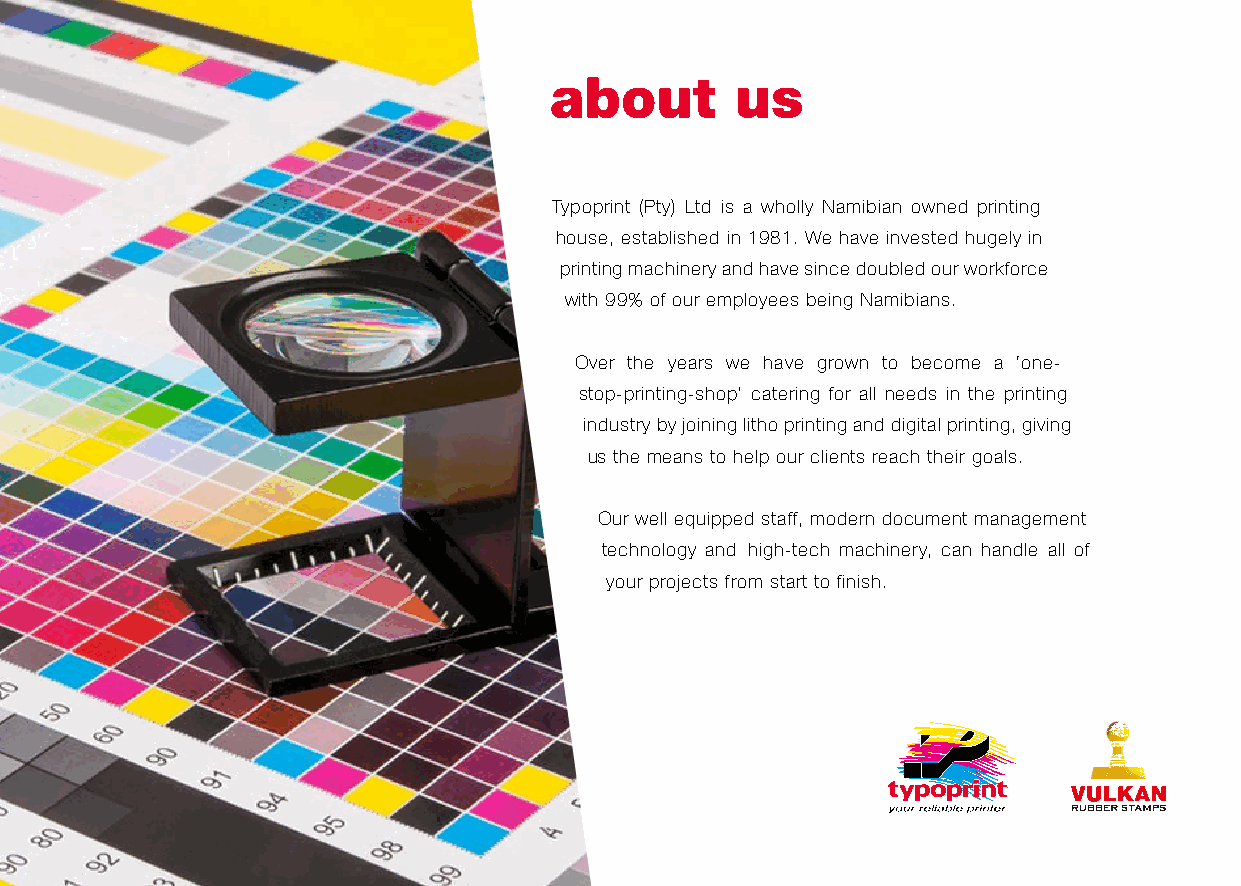
about        us
 Typoprint (Pty) Ltd is a wholly Namibian owned printing
 house, established in 1981. We have invested hugely in
 printing machinery and have since doubled our workforce
 with 99% of our employees being Namibians.
 Over the years we have grown to become a ‘one-
 stop-printing-shop’ catering for all needs in the printing
 industry by joining litho printing and digital printing, giving
 us the means to help our clients reach their goals.
 Our well equipped staff, modern document management
 technology and h igh-tech machinery, can handle all of
 your projects from start to finish.